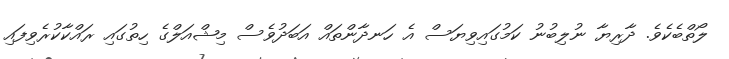
ލޯތްބެކެވެ. ދާރިޔާ ނުލިބުނު ކަމުގައިވިޔަސް އެ ހަނދާންތައް އަބަދުވެސް މިޝްއަލްގެ ހިތުގައި ރައްކާކުރެވިފައި